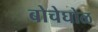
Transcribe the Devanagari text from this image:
बोचेघोळ